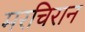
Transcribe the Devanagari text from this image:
मरचिरान